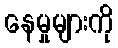
နေမှုများကို